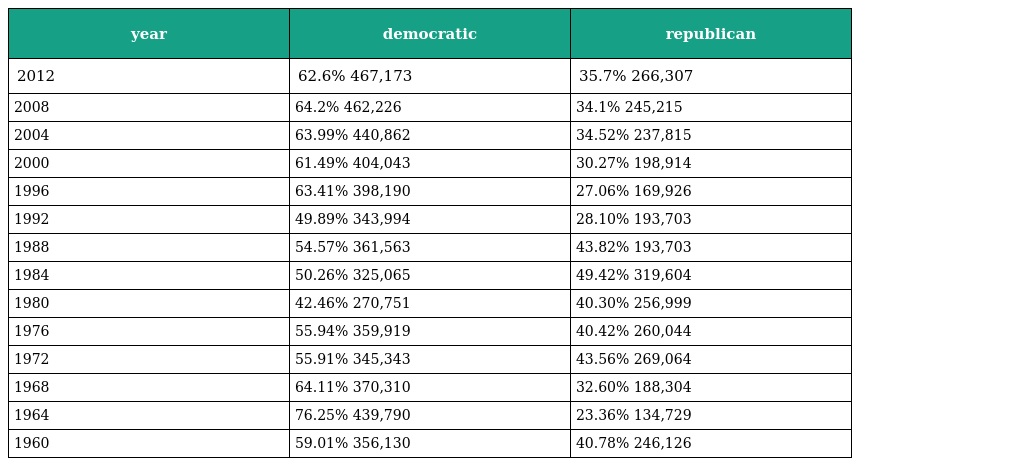
| year | democratic | republican |
 | --- | --- | --- |
 | 2012 | 62.6% 467,173 | 35.7% 266,307 |
 | 2008 | 64.2% 462,226 | 34.1% 245,215 |
 | 2004 | 63.99% 440,862 | 34.52% 237,815 |
 | 2000 | 61.49% 404,043 | 30.27% 198,914 |
 | 1996 | 63.41% 398,190 | 27.06% 169,926 |
 | 1992 | 49.89% 343,994 | 28.10% 193,703 |
 | 1988 | 54.57% 361,563 | 43.82% 193,703 |
 | 1984 | 50.26% 325,065 | 49.42% 319,604 |
 | 1980 | 42.46% 270,751 | 40.30% 256,999 |
 | 1976 | 55.94% 359,919 | 40.42% 260,044 |
 | 1972 | 55.91% 345,343 | 43.56% 269,064 |
 | 1968 | 64.11% 370,310 | 32.60% 188,304 |
 | 1964 | 76.25% 439,790 | 23.36% 134,729 |
 | 1960 | 59.01% 356,130 | 40.78% 246,126 |